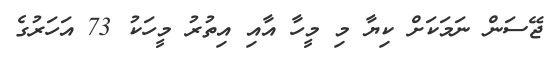
ޖޭސަން ނަމަކަށް ކިޔާ މި މީހާ އާއި އިތުރު މީހަކު 73 އަހަރުގެ